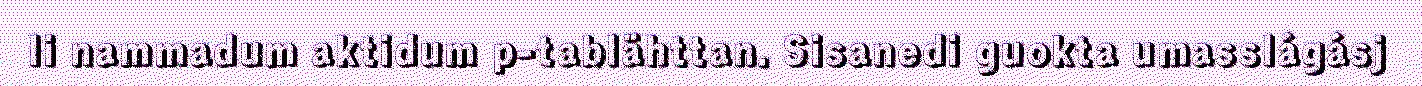
li nammadum aktidum p-tablähttan. Sisanedi guokta umasslágásj